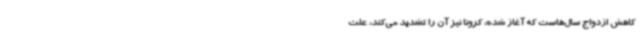
کاهش ازدواج سال‌هاست که آغاز شده، کرونا نیز آن را تشدید می‌کند، علت